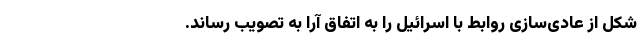
شکل از عادی‌سازی روابط با اسرائیل را به اتفاق آرا به تصویب رساند.